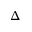
\Delta